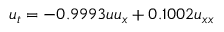
u _ { t } = - 0 . 9 9 9 3 u u _ { x } + 0 . 1 0 0 2 u _ { x x }